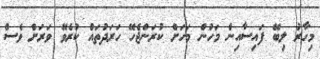
މިހާރު ލިބޭ ފައިސާއިން މަހުން މަހަށް ކުރަންޖެހޭ ހަރަދުތައް ކުރެވޭ ވަރަށް ވެސް